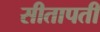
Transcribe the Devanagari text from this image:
सीतापती